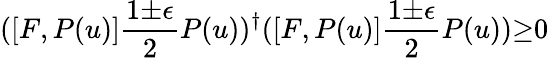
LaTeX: ([F,P(u)]\frac{1{\pm}{\epsilon}}{2}P(u))^{\dagger}([F,P(u)]\frac{1{\pm}{\epsilon}}{2}P(u)){\geq}0